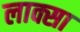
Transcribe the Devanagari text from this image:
लाक्सा